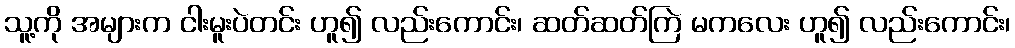
သူ့ကို အများက ငါးမူးပဲတင်း ဟူ၍ လည်းကောင်း၊ ဆတ်ဆတ်ကြဲ မကလေး ဟူ၍ လည်းကောင်း၊